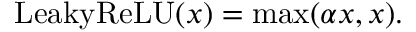
\mathrm { L e a k y R e L U } ( x ) = \operatorname* { m a x } ( \alpha x , x ) .